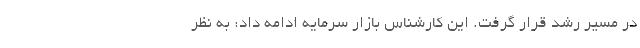
در مسیر رشد قرار گرفت. این کارشناس بازار سرمایه ادامه داد: به نظر